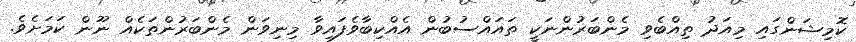
ކޮމިޝަންގައި މިއަދު ތިއްބެވި މެންބަރުންނަކީ ތައައްސުބުން އެއްކިބާވެފައިވާ މިނިވަން މެންބަރުންތަކެއް ނޫން ކަމަށެވެ.